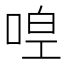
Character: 𠵋